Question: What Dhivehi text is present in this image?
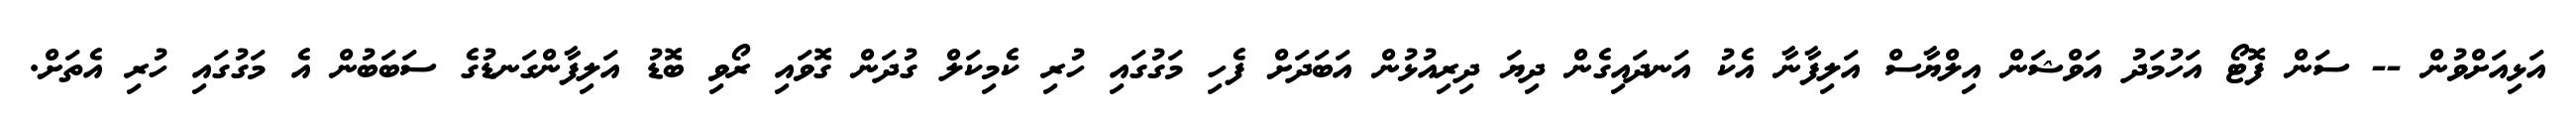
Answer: އަޅިއަށްވުން -- ސަން ފޮޓޯ އަހުމަދު އަވްޝަން އިލްޔާސް އަލިފާނާ އެކު އަނދައިގެން ދިޔަ ދިރިއުޅުން އަބަދަށް ފެހި މަގުގައި ހުރި ކެމިކަލް ގުދަން ގޮވައި ރޯވި ބޮޑު އަލިފާންގަނޑުގެ ސަބަބުން އެ މަގުގައި ހުރި އެތަށް.